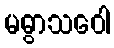
မဓွာသဝေါ